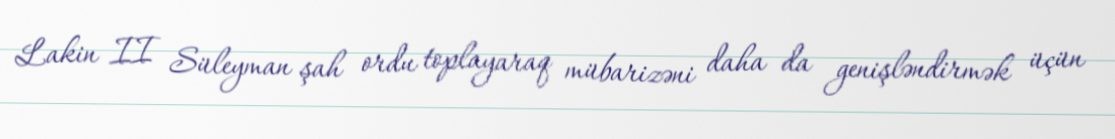
Lakin II Süleyman şah ordu toplayaraq mübarizəni daha da genişləndirmək üçün